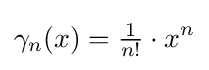
\gamma _{n}(x)={\tfrac {1}{n!}}\cdot x^{n}